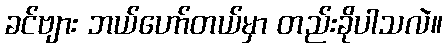
ခင်ဗျား ဘယ်ဟော်တယ်မှာ တည်းခိုပါသလဲ။